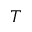
T